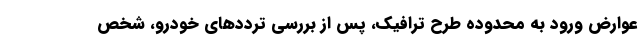
عوارض ورود به محدوده طرح ترافیک، پس از بررسی تردد‌های خودرو، شخص